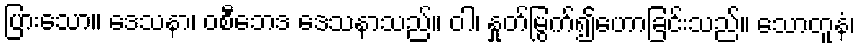
ပြားသော။ ဒေသနာ၊ ဝစီဘေဒ ဒေသနာသည်။ ဝါ၊ နှုတ်မြွက်၍ဟောခြင်းသည်။ သောတူနံ၊